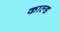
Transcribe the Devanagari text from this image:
काल्ड